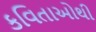
કવિતાઓથી